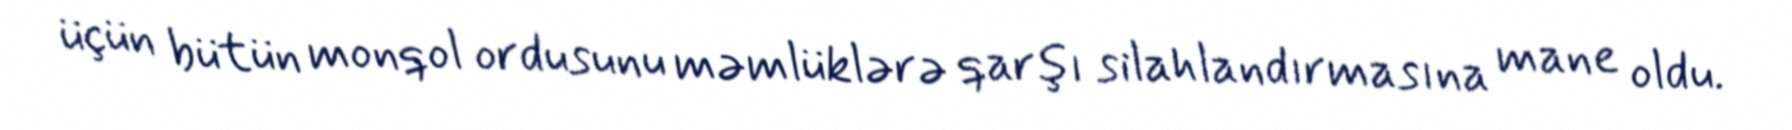
üçün bütün monqol ordusunu məmlüklərə qarşı silahlandırmasına mane oldu.